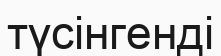
түсінгенді